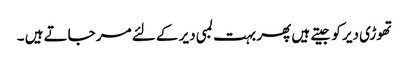
تھوڑی دیر کو جیتے ہیں پھر بہت لمبی دیر کے لئے مر جاتے ہیں ۔